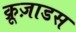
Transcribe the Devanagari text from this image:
क्रूज़ाडस